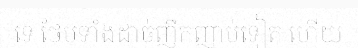
ទេ ថែមទាំងដាច់ញឹកញាប់ទៀត ហើយ